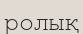
ролық